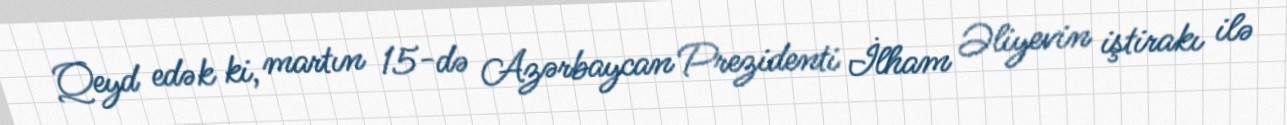
Qeyd edək ki, martın 15-də Azərbaycan Prezidenti İlham Əliyevin iştirakı ilə